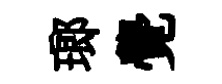
瑯覺